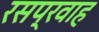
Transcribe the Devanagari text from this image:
रसप्रवाह